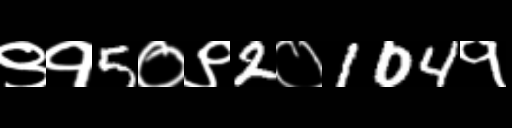
Text: ९१5०९2०104१